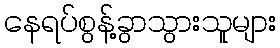
နေရပ်စွန့်ခွာသွားသူများ